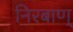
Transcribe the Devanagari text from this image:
निरबाण्